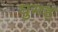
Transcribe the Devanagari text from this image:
घुमड़